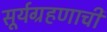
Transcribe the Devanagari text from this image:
सूर्यग्रहणाची